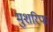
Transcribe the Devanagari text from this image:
मुशरिफ